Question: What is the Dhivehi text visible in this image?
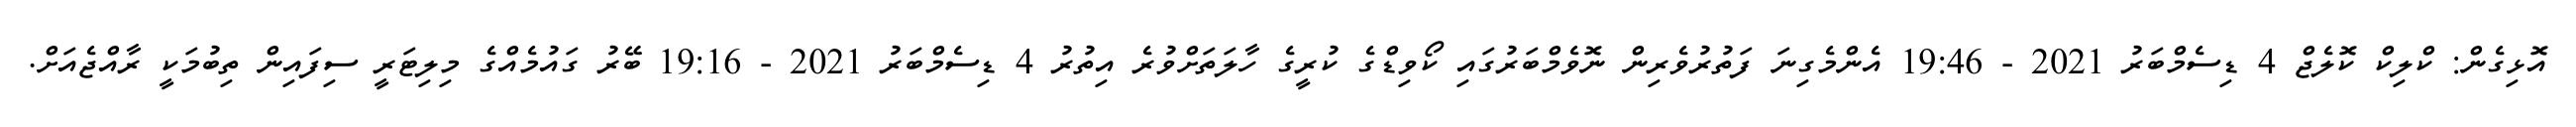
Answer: އޮޅިގެން: ކްލިކް ކޮލެޖް 4 ޑިސެމްބަރު 2021 - 19:46 އެންމެގިނަ ފަތުރުވެރިން ނޮވެމްބަރުގައި ކޯވިޑްގެ ކުރީގެ ހާލަތަށްވުރެ އިތުރު 4 ޑިސެމްބަރު 2021 - 19:16 ބޭރު ގައުމެއްގެ މިލިޓަރީ ސިފައިން ތިބުމަކީ ރާއްޖެއަށް.